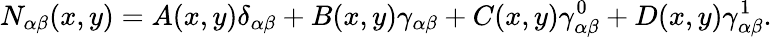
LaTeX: N_{\alpha\beta}(x,y)=A(x,y)\delta_{\alpha\beta}+B(x,y)\gamma_{\alpha\beta}+C(x,y)\gamma_{\alpha\beta}^{0}+D(x,y)\gamma_{\alpha\beta}^{1}.